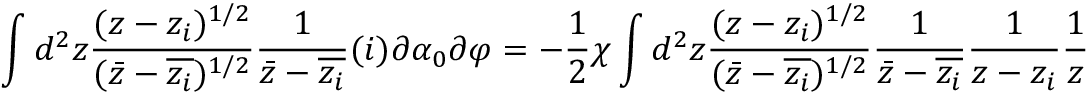
\int d ^ { 2 } z \frac { ( z - z _ { i } ) ^ { 1 / 2 } } { ( \bar { z } - \overline { { z _ { i } } } ) ^ { 1 / 2 } } \frac { 1 } { \bar { z } - \overline { { z _ { i } } } } ( i ) \partial \alpha _ { 0 } \partial \varphi = - \frac { 1 } { 2 } \chi \int d ^ { 2 } z \frac { ( z - z _ { i } ) ^ { 1 / 2 } } { ( \bar { z } - \overline { { z _ { i } } } ) ^ { 1 / 2 } } \frac { 1 } { \bar { z } - \overline { { z _ { i } } } } \frac { 1 } { z - z _ { i } } \frac { 1 } { z }